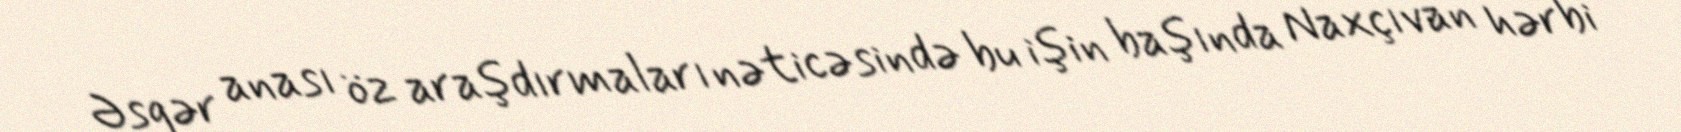
Əsgər anası öz araşdırmaları nəticəsində bu işin başında Naxçıvan hərbi